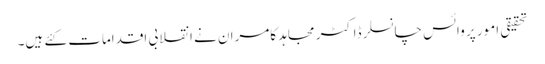
تحقیقی امور پر وائس چانسلر ڈاکٹر مجاہد کامران نے انقلابی اقدامات کئے ہیں۔